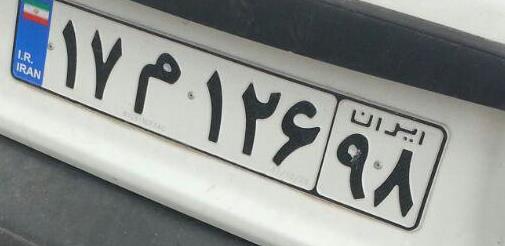
۱۷م۱۲۶۹۸